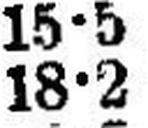
18•2